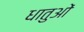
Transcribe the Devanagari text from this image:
धातुआें